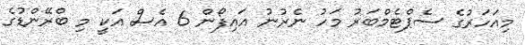
މިއަހަރުގެ ސެޕްޓެމްބަރު މަހު ނެރުނު އައިފޯން 6 އެސް އަކީ މި ބްރޭންޑުގެ